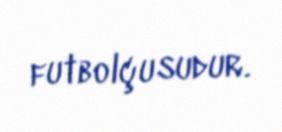
futbolçusudur.